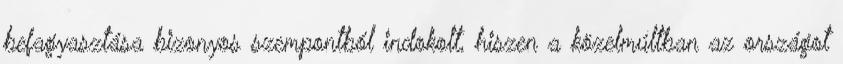
befagyasztása bizonyos szempontból indokolt, hiszen a közelmúltban az országot